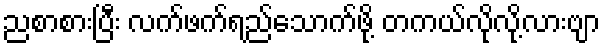
ညစာစားပြီး လက်ဖက်ရည်သောက်ဖို့ တကယ်လိုလို့လားဗျာ